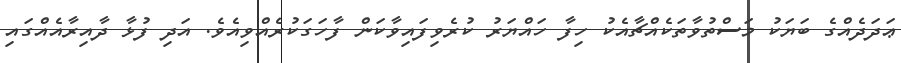
ޢަދަދެއްގެ ބަޔަކު މަސްތުވާތަކެއްޗާއެކު ހިފާ ހައްޔަރު ކުރެވިފައިވާކަން ފާހަގަކުރެއްވިއެވެ. އަދި ފުޅާ ދާއިރާއެއްގައި